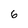
Character: 6